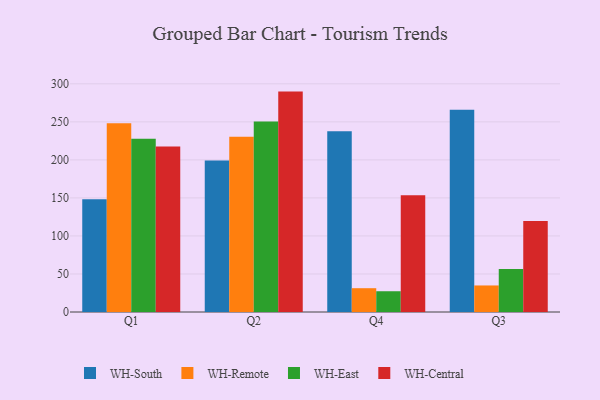
{"axis": {"x": "Quarter", "y": "Page Views"}, "legend": ["WH-Central", "WH-East", "WH-Remote", "WH-South"], "data": [{"x": "Q1", "y": 148.3, "type": "WH-South"}, {"x": "Q1", "y": 248.2, "type": "WH-Remote"}, {"x": "Q1", "y": 227.9, "type": "WH-East"}, {"x": "Q1", "y": 217.6, "type": "WH-Central"}, {"x": "Q2", "y": 199.1, "type": "WH-South"}, {"x": "Q2", "y": 230.4, "type": "WH-Remote"}, {"x": "Q2", "y": 250.4, "type": "WH-East"}, {"x": "Q2", "y": 289.8, "type": "WH-Central"}, {"x": "Q4", "y": 237.8, "type": "WH-South"}, {"x": "Q4", "y": 31.3, "type": "WH-Remote"}, {"x": "Q4", "y": 27.3, "type": "WH-East"}, {"x": "Q4", "y": 153.6, "type": "WH-Central"}, {"x": "Q3", "y": 265.9, "type": "WH-South"}, {"x": "Q3", "y": 34.9, "type": "WH-Remote"}, {"x": "Q3", "y": 56.4, "type": "WH-East"}, {"x": "Q3", "y": 119.6, "type": "WH-Central"}]}